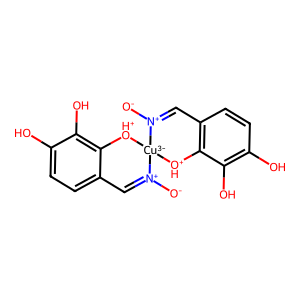
SMILES: [O-][N+]1=Cc2ccc(O)c(O)c2[OH+][Cu-3]12[OH+]c1c(ccc(O)c1O)C=[N+]2[O-]
Inhibits HIV replication: No